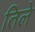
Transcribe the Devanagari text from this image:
तिले